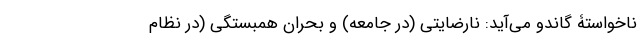
ناخواستۀ گاندو می‌آید: نارضایتی (در جامعه) و بحران همبستگی (در نظام